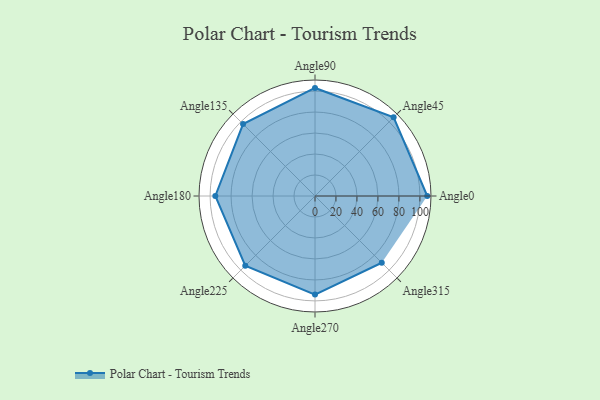
{"axis": {"x": "Angle", "y": "Radius"}, "legend": [""], "data": [{"x": "Angle0", "y": 107.0, "type": ""}, {"x": "Angle45", "y": 106.0, "type": ""}, {"x": "Angle90", "y": 103.0, "type": ""}, {"x": "Angle135", "y": 97.0, "type": ""}, {"x": "Angle180", "y": 95.0, "type": ""}, {"x": "Angle225", "y": 94.0, "type": ""}, {"x": "Angle270", "y": 94.0, "type": ""}, {"x": "Angle315", "y": 90.0, "type": ""}]}